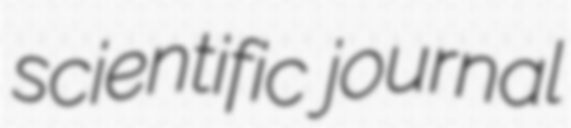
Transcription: scientific journal